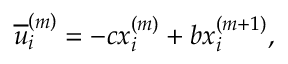
\overline { { u } } _ { i } ^ { \left( m \right) } = - c x _ { i } ^ { \left( m \right) } + b x _ { i } ^ { \left( m + 1 \right) } ,